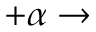
+ \alpha \rightarrow